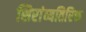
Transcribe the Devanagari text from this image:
शिरांव्यतिरिक्त